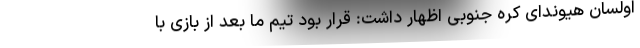
اولسان هیوندای کره جنوبی اظهار داشت: قرار بود تیم ما بعد از بازی با